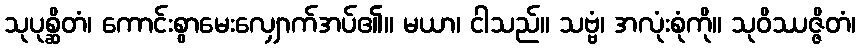
သုပုစ္ဆိတံ၊ ကောင်းစွာမေးလျှောက်အပ်၏။ မယာ၊ ငါသည်။ သဗ္ဗံ၊ အလုံးစုံကို။ သုဝိဿဇ္ဇိတံ၊